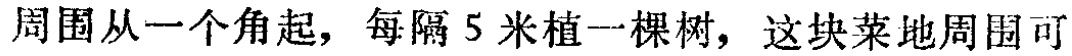
周围从一个角起，每隔 5 米植一棵树，这块菜地周围可